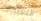
التغييرات